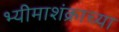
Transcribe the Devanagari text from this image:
भ्यीमाशंक्राच्या